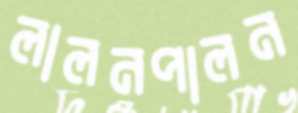
লালনপালন